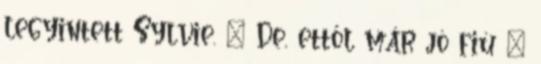
legyintett Sylvie. – De, ettől már jó fiú –